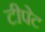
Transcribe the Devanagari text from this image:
टीपेट